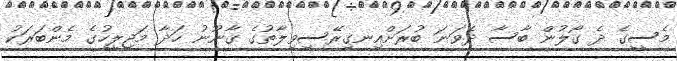
މެސީގެ ދެ ގޯލުން ބާސާ ދެވަނަ ބުރަށްއިނގިރޭސިވިލާތުގެ ޤާނޫނު ހަދާ މަޖިލީހުގެ މެންބަރަކު